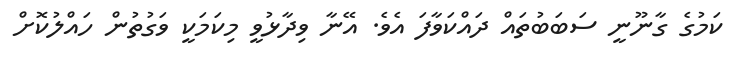
ކަމުގެ ގާނޫނީ ސަބަބުތައް ދައްކަވާފަ އެވެ. އޭނާ ވިދާޅުވީ މިކަމަކީ ވަގުތުން ހައްލުކޮށް